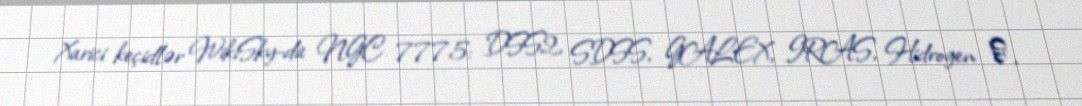
Xarici keçidlər WikiSky-da NGC 7775: DSS2, SDSS, GALEX, IRAS, Hidrogen α,